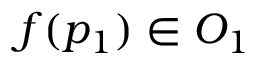
f ( p _ { 1 } ) \in O _ { 1 }